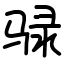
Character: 𫘧